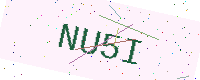
Text: NU5I